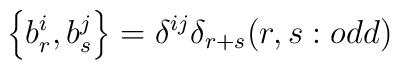
\left\{b_{r}^{i}, b_{s}^{j}\right\}=\delta^{ij}\delta_{r+s} (r, s:odd )